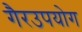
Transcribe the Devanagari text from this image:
गैरउपयोग